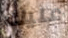
عليك